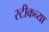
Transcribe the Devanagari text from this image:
स्टीकच्या